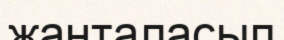
жанталасып